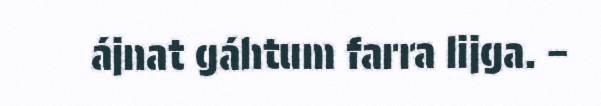
ájnat gáhtum farra lijga. –